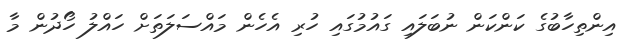
އިންތިހާބުގެ ކަންކަން ނުބަލައި ގައުމުގައި ހުރި އެހެން މައްސަލަތަށް ހައްލު ހޯދުން މާ